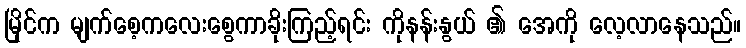
မြိုင်က မျက်စေ့ကလေးစွေကာခိုးကြည့်ရင်း ကိုနန်းနွယ် ၏ အေကို လေ့လာနေသည်။